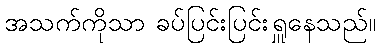
အသက်ကိုသာ ခပ်ပြင်းပြင်းရှူနေသည်။